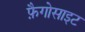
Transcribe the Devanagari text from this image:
फ़ैगोसाइट